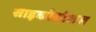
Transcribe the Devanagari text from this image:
साइकोसोशल